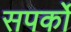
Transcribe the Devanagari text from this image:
सपर्को